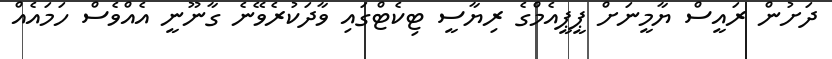
ދަށުން ރައީސް ޔާމީނަށް ޕީޕީއެމްގެ ރިޔާސީ ޓިކެޓްގައި ވާދަކުރެވޭނެ ގާނޫނީ އެއްވެސް ހަމައެއް